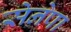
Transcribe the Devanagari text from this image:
सेनेपा